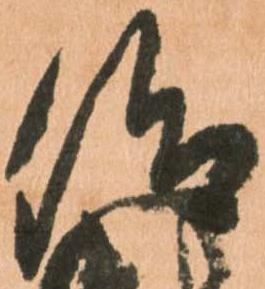
仰